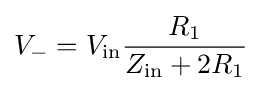
V_{-}=V_{\mathrm {in} }{\frac {R_{1}}{Z_{\mathrm {in} }+2R_{1}}}